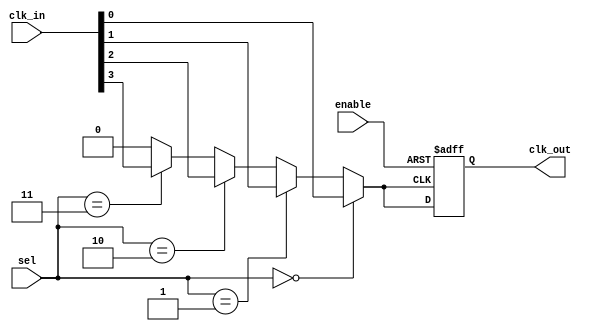
module CMUX_Buffer (
    input wire [3:0] clk_in,      // Multiple clock inputs (CLK0, CLK1, CLK2, CLK3)
    input wire [1:0] sel,         // 2-bit selection signal for 4-to-1 MUX
    input wire enable,             // Enable signal to control clock output
    output wire clk_out            // Clock output to memory blocks
);

// Internal signal for selected clock
wire selected_clk;

// Clock multiplexer logic
assign selected_clk = (sel == 2'b00) ? clk_in[0] : // CLK0
                      (sel == 2'b01) ? clk_in[1] : // CLK1
                      (sel == 2'b10) ? clk_in[2] : // CLK2
                      (sel == 2'b11) ? clk_in[3] : // CLK3
                      1'b0; // Default case (should not occur)

// Buffering the selected clock signal
reg clk_buffered;

always @(posedge selected_clk or negedge enable) begin
    if (!enable) begin
        clk_buffered <= 1'b0; // Disable clock output when enable is low
    end else begin
        clk_buffered <= selected_clk; // Buffer the selected clock
    end
end

// Assign buffered clock to output
assign clk_out = clk_buffered;

endmodule